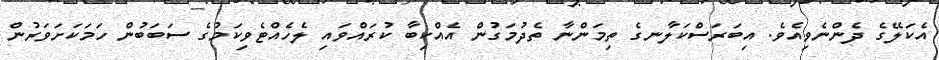
އެކަލޭގެ ދެންނެވިއެވެ. އިބަރަސްކަލާނގެ ތިމަންނާ ތެދުމަގުން އެއްކިބާ ކުރައްވައި ލެހެއްޓެވިކަމުގެ ސަބަބުން ހަމަކަށަވަރުން